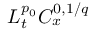
L _ { t } ^ { p _ { 0 } } C _ { x } ^ { 0 , 1 / q }